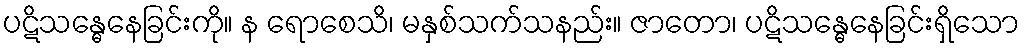
ပဋိသန္ဓေနေခြင်းကို။ န ရောစေသိ၊ မနှစ်သက်သနည်း။ ဇာတော၊ ပဋိသန္ဓေနေခြင်းရှိသော